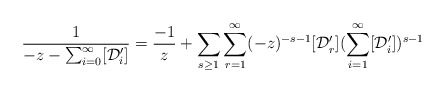
\begin{align*}\dfrac{1}{-z-\sum_{i=0}^{\infty} [\mathcal{D}'_i]}=\dfrac{-1}{z}+\sum_{s\geq 1}\sum_{r=1}^{\infty}(-z)^{-s-1}[\mathcal{D}'_{r}](\sum_{i=1}^{\infty}[\mathcal{D}'_i])^{s-1}\end{align*}